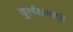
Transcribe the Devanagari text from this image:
दुर्लक्षाकडे